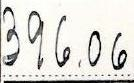
396.06